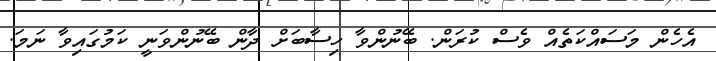
އެހެން މަސައްކަތެއް ވެސް ކުރަން. ބޭނުންވާ ހިސާބަށް ދާން ބޭނުންވަނީ ކަމުގައިވާ ނަމަ.